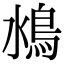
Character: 𩾼